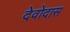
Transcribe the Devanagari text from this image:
देवोदास